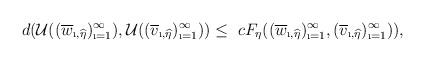
LaTeX: \begin{align*} d(\mathcal{U}((\overline{w}_{\i,\widehat{\eta}})_{\i=1}^{\infty}),\mathcal{U}((\overline{v}_{\i,\widehat{\eta}})_{\i=1}^{\infty}))\leq~cF_{\eta}((\overline{w}_{\i,\widehat{\eta}})_{\i=1}^{\infty},(\overline{v}_{\i,\widehat{\eta}})_{\i=1}^{\infty})),\end{align*}